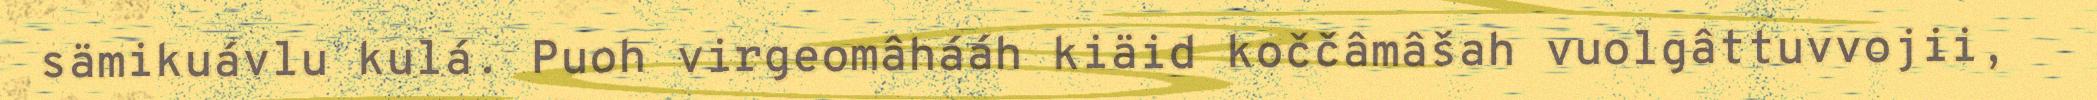
sämikuávlu kulá. Puoh virgeomâhááh kiäid koččâmâšah vuolgâttuvvojii,